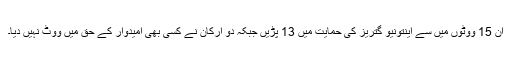
ان 15 ووٹوں میں سے اینتونیو گتریز کی حمایت میں 13 پڑیں جبکہ دو ارکان نے کسی بھی امیدوار کے حق میں ووٹ نہیں دیا۔